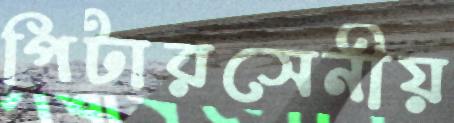
পিটারসেনীয়